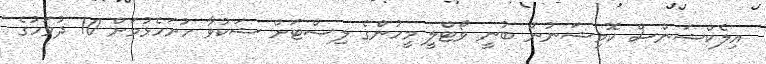
އިލެކްޝަންސް ކޮމިޝަނުން ބުނީ ވޯޓްލީ މީހުންގެ ލިސްޓަށް ޝަކުވާ ހުށަހެޅުމަށް 10 ދުވަހުގެ